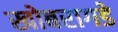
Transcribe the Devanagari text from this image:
खोबरागडे